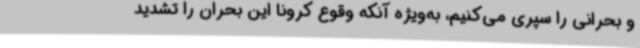
و بحرانی را سپری می‌کنیم، به‌ویژه آنکه وقوع کرونا این بحران را تشدید